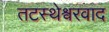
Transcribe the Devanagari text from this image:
तटस्थेश्वरवाद